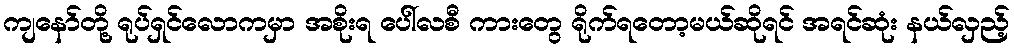
ကျနော်တို့ ရုပ်ရှင်လောကမှာ အစိုးရ ပေါ်လစီ ကားတွေ ရိုက်ရတော့မယ်ဆိုရင် အရင်ဆုံး နယ်လှည့်